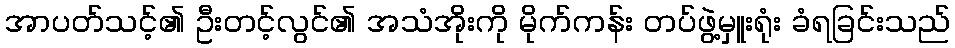
အာပတ်သင့်၏ ဦးတင့်လွင်၏ အသံအိုးကို မိုက်ကန်း တပ်ဖွဲ့မှူးရုံး ခံရခြင်းသည်